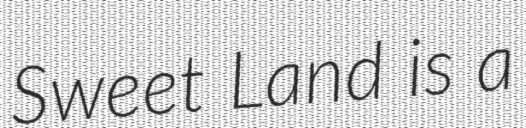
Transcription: Sweet Land is a